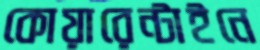
কোয়ারেন্টাইনে